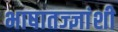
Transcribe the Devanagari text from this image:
भाषातज्ज्ञांशी